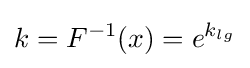
k=F^{-1}(x)=e^{k_{lg}}